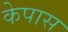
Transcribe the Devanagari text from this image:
केपास